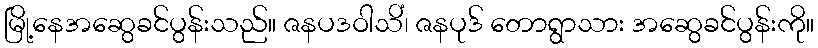
မြို့နေအဆွေခင်ပွန်းသည်။ ဇနပဒဝါသိံ၊ ဇနပုဒ် တောရွာသား အဆွေခင်ပွန်းကို။